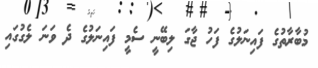
މުބާރާތުގެ ފައިނަލުގެ ފަހު ޖާގަ ލިބޭނީ ސެމީ ފައިނަލުގެ ދެ ވަނަ ލެގުގައި